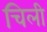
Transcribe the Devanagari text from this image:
चिली